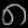
Digit: ၈